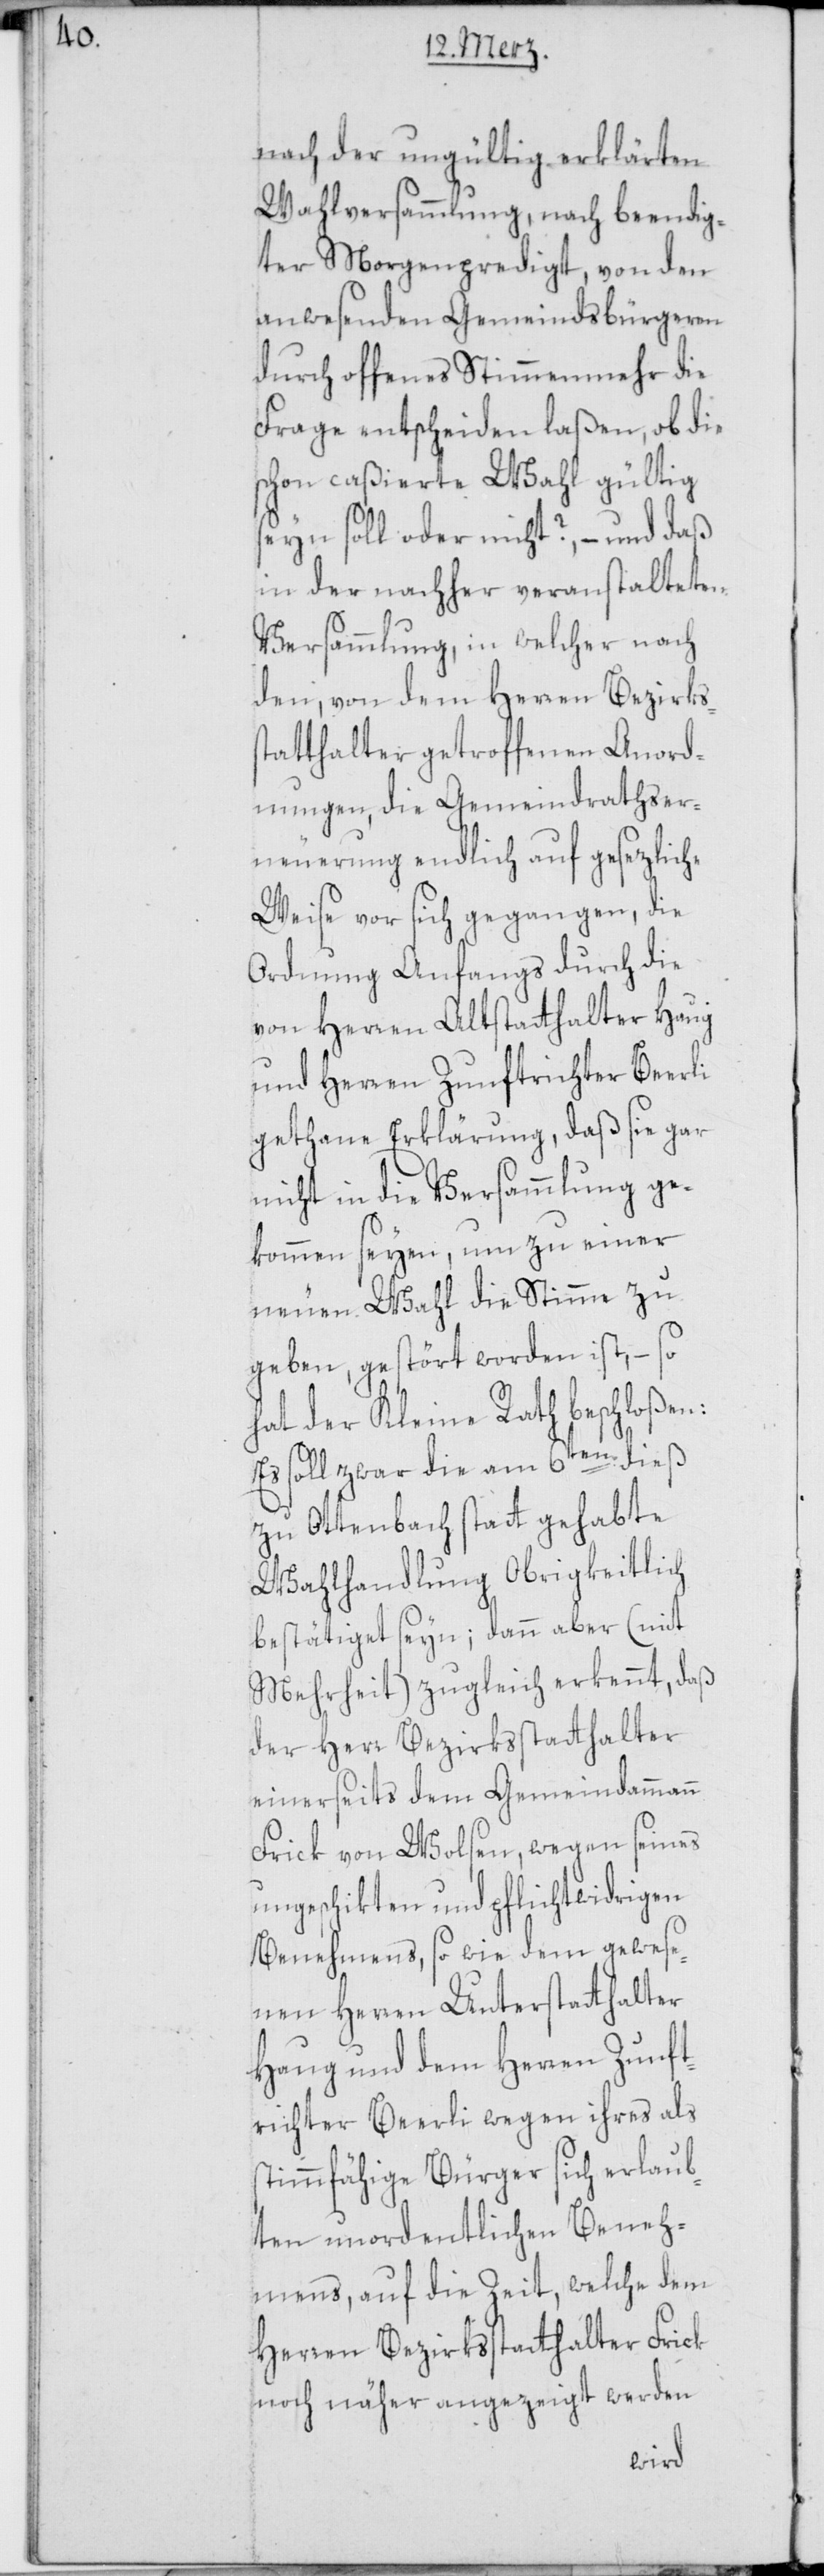
nach der ungültig erklärten
Wahlversammlung, nach beendig¬
ter Morgenpredigt, von den
anwesenden Gemeindsbürgeren
durch offenes Stimmenmehr die
Frage entscheiden laßen, ob die
schon caßierte Wahl gültig
seyn soll oder nicht? – und daß
in der nachher veranstalteten
Versammlung, in welcher nach
den, von dem Herren Bezirks¬
tatthalter getroffenen Anord¬
nungen, die Gemeindrathser¬
neuerung endlich auf gesezliche
Weise vor sich gegangen, die
Ordnung Anfangs durch die
von Herren Altstatthalter Haug
und Herren Zunftrichter Beerli
gethane Erklärung, daß sie gar
nicht in die Versammlung ge¬
kommen seyen, um zu einer
neuen Wahl die Stimme zu
geben, gestört worden ist, – so
s¬
hat der Kleine Rath beschloßen:
Es soll zwar die am 6ten dieß
zu Ottenbach statt gehabte
Wahlhandlung Obrigkeitlich
bestätiget seyn; dann aber (mit
Mehrheit) zugleich erkennt, daß
der Herr Bezirksstatthalter
einerseits dem Gemeindammann
Frick von Wolsen, wegen seines
ungeschikten und pflichtwidrigen
Benehmens, so wie dem gewese¬
nen Herren Unterstatthalter
Haug und dem Herren Zunft¬
richter Beerli wegen ihres als
stimmfähige Bürger sich erlaub¬
ten unordentlichen Beneh¬
mens, auf die Zeit, welche dem
Herren Bezirksstatthalter Frick
noch näher angezeigt werden